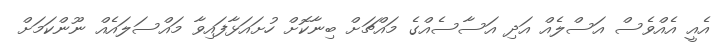
އެއީ އެއްވެސް އަސްލެއް އަދި އަސާސެއްގެ މައްޗަށް ބިނާކޮށް ހުށައަޅާފައިވާ މައްސަލައެއް ނޫންކަމަށް